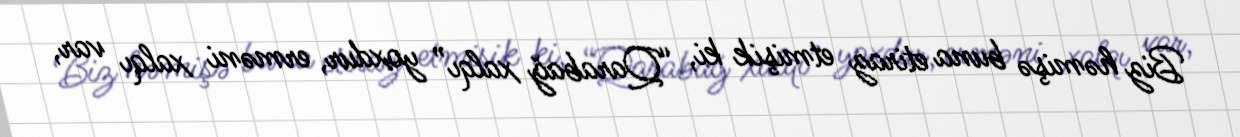
Biz həmişə buna etiraz etmişik ki, “Qarabağ xalqı” yoxdur, erməni xalqı var,